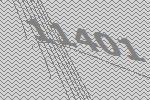
11401